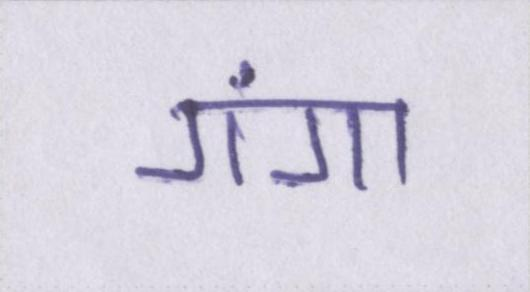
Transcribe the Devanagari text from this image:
गंगा